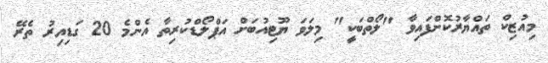
މިއުޒިކް ތައްޔާރުކޮށްފައިވާ "ލޯތްބަކީ" މިލަވަ ޔޫޓިއުބަށް އަޕްލޯޑްކުރިތާ އެންމެ 20 ގަޑިއިރު ތެރޭ